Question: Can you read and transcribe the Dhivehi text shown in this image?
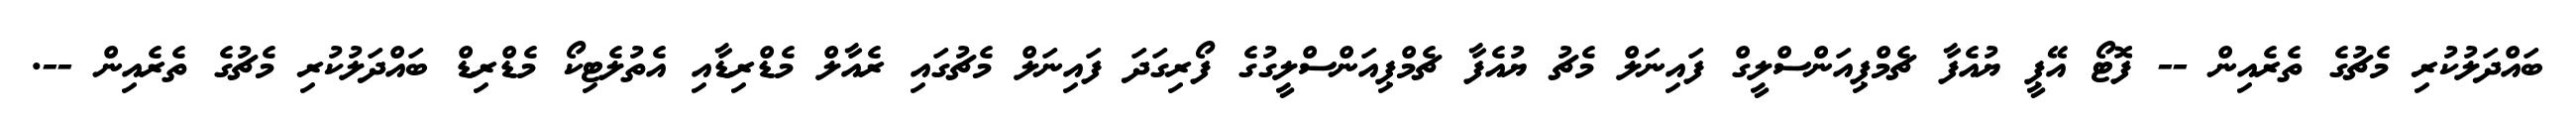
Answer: ބައްދަލުކުރި މެޗުގެ ތެރެއިން -- ފޮޓޯ އޭޕީ ޔުއެފާ ޗެމްޕިއަންސްލީގް ފައިނަލް މެޗު ޔުއެފާ ޗެމްޕިއަންސްލީގުގެ ފޯރިގަދަ ފައިނަލް މެޗުގައި ރެއާލް މެޑްރިޑާއި އެތުލެޓިކޯ މެޑްރިޑް ބައްދަލުކުރި މެޗުގެ ތެރެއިން --.